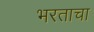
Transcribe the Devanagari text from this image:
भरताचा